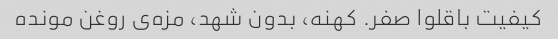
کیفیت باقلوا صفر. کهنه، بدون شهد، مزه‌ی روغن مونده